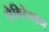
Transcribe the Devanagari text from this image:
लैविटेशन